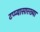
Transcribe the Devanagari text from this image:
टप्प्यासारख्या